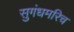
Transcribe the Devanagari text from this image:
सुगंधमरिच